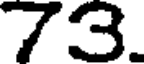
73.